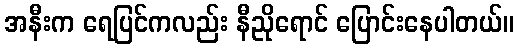
အနီးက ရေပြင်ကလည်း နီညိုရောင် ပြောင်းနေပါတယ်။